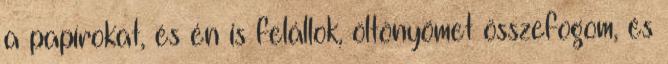
a papírokat, és én is felállok, öltönyömet összefogom, és